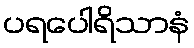
ပရပေါရိသာနံ